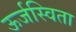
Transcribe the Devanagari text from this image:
ऊर्जस्विता